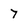
Character: 7